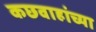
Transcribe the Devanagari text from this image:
कछवाहांच्या